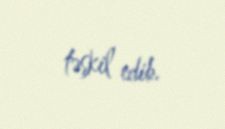
təşkil edib.